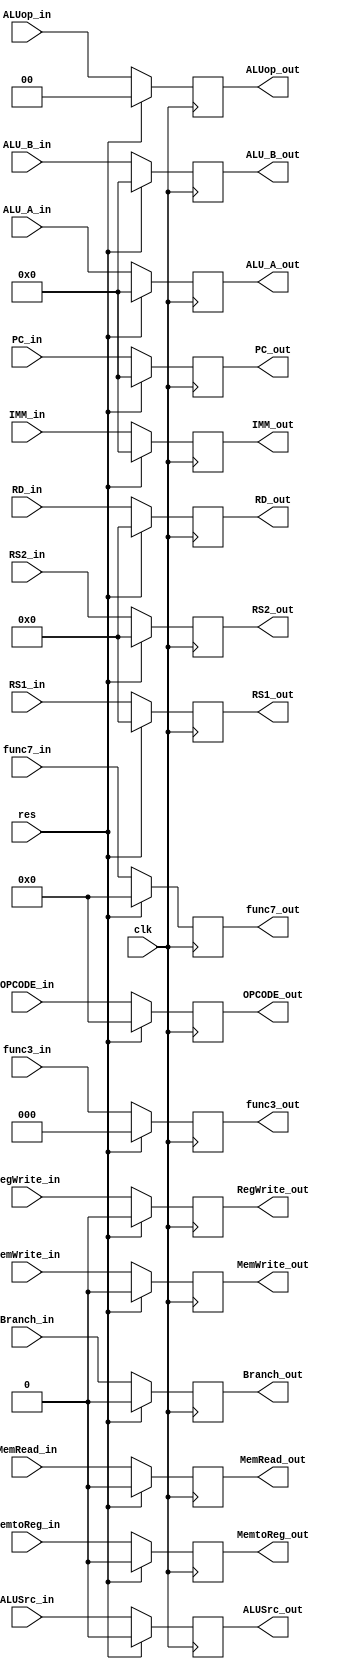
`timescale 1ns / 1ps
//////////////////////////////////////////////////////////////////////////////////
// Company: 
// Engineer: 
// 
// Design Name: 
// Module Name: ID_EX_pipe
// Project Name: 
// Target Devices: 
// Tool Versions: 
// Description: 
// 
// Dependencies: 
// 
// Revision:
// Revision 0.01 - File Created
// Additional Comments:
// 
//////////////////////////////////////////////////////////////////////////////////


module ID_EX_pipe(input clk,
                  input res,
                  
                  //semnale control
                  input RegWrite_in,
                  input MemtoReg_in,
                  input MemRead_in,
                  input MemWrite_in,
                  input Branch_in,
                  input ALUSrc_in,
                  input [1:0] ALUop_in,
                  
                  input [31:0] PC_in,
                  input [2:0] func3_in,
                  input [6:0] func7_in,
                  input [6:0] OPCODE_in,
                  input [31:0] ALU_A_in,    //reg_data1
                  input [31:0] ALU_B_in,    //reg_data2
                  input [4:0] RS1_in,
                  input [4:0] RS2_in,
                  input [4:0] RD_in,
                  input [31:0] IMM_in,
                  
                  //semnale control
                  output reg RegWrite_out,
                  output reg MemtoReg_out,
                  output reg MemRead_out,
                  output reg MemWrite_out,
                  output reg Branch_out,
                  output reg ALUSrc_out,
                  output reg [1:0] ALUop_out,
                  
                  output reg [31:0] PC_out,
                  output reg [2:0] func3_out,
                  output reg [6:0] func7_out,
                  output reg [6:0] OPCODE_out,
                  output reg [31:0] ALU_A_out,
                  output reg [31:0] ALU_B_out,
                  output reg [4:0] RS1_out,
                  output reg [4:0] RS2_out,
                  output reg [4:0] RD_out,
                  output reg [31:0] IMM_out);
                  
    always@(posedge clk) begin
        if (res) begin
            RegWrite_out <= 1'b0;
            MemtoReg_out <= 1'b0;
            MemRead_out <= 1'b0;
            MemWrite_out <= 1'b0;
            Branch_out <= 1'b0;
            ALUSrc_out <= 1'b0;
            ALUop_out <= 2'b0;
                  
            PC_out <= 32'b0;
            func3_out <= 3'b0;
            func7_out <= 7'b0;
            OPCODE_out <= 7'b0;
            ALU_A_out <= 32'b0;
            ALU_B_out <= 32'b0;
            RS1_out <= 5'b0;
            RS2_out <= 5'b0;
            RD_out <= 5'b0;
            IMM_out <= 32'b0;
        end
        else begin
            RegWrite_out <= RegWrite_in;
            MemtoReg_out <= MemtoReg_in;
            MemRead_out <= MemRead_in;
            MemWrite_out <= MemWrite_in;
            Branch_out <= Branch_in;
            ALUSrc_out <= ALUSrc_in;
            ALUop_out <= ALUop_in;
                      
            PC_out <= PC_in;
            func3_out <= func3_in;
            func7_out <= func7_in;
            OPCODE_out <= OPCODE_in;
            ALU_A_out <= ALU_A_in;
            ALU_B_out <= ALU_B_in;
            RS1_out <= RS1_in;
            RS2_out <= RS2_in;
            RD_out <= RD_in;
            IMM_out <= IMM_in;
        end
    end
endmodule